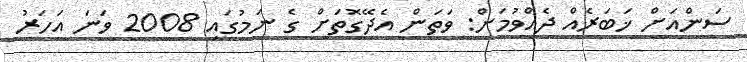
ސަންއަށް ޚަބަރެއް ދެއްވުމަށް: ވަތަން އެދޭގޮތަށް ގެ ނަމުގައި 2008 ވަނަ އަހަރު